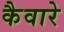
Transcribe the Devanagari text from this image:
कैवारे